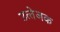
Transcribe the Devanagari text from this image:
उत्‍तेजक